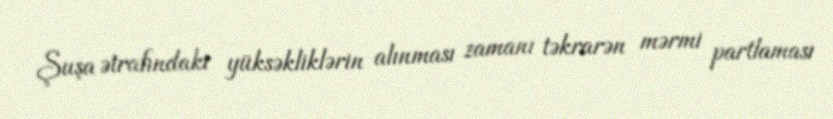
Şuşa ətrafındakı yüksəkliklərin alınması zamanı təkrarən mərmi partlaması